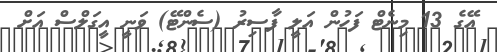
އޭގެ 13 މިނެޓް ފަހުން އަލީ ފާސިރު (ސެންޓޭ) ވަނީ އީގަލްސް އަށް